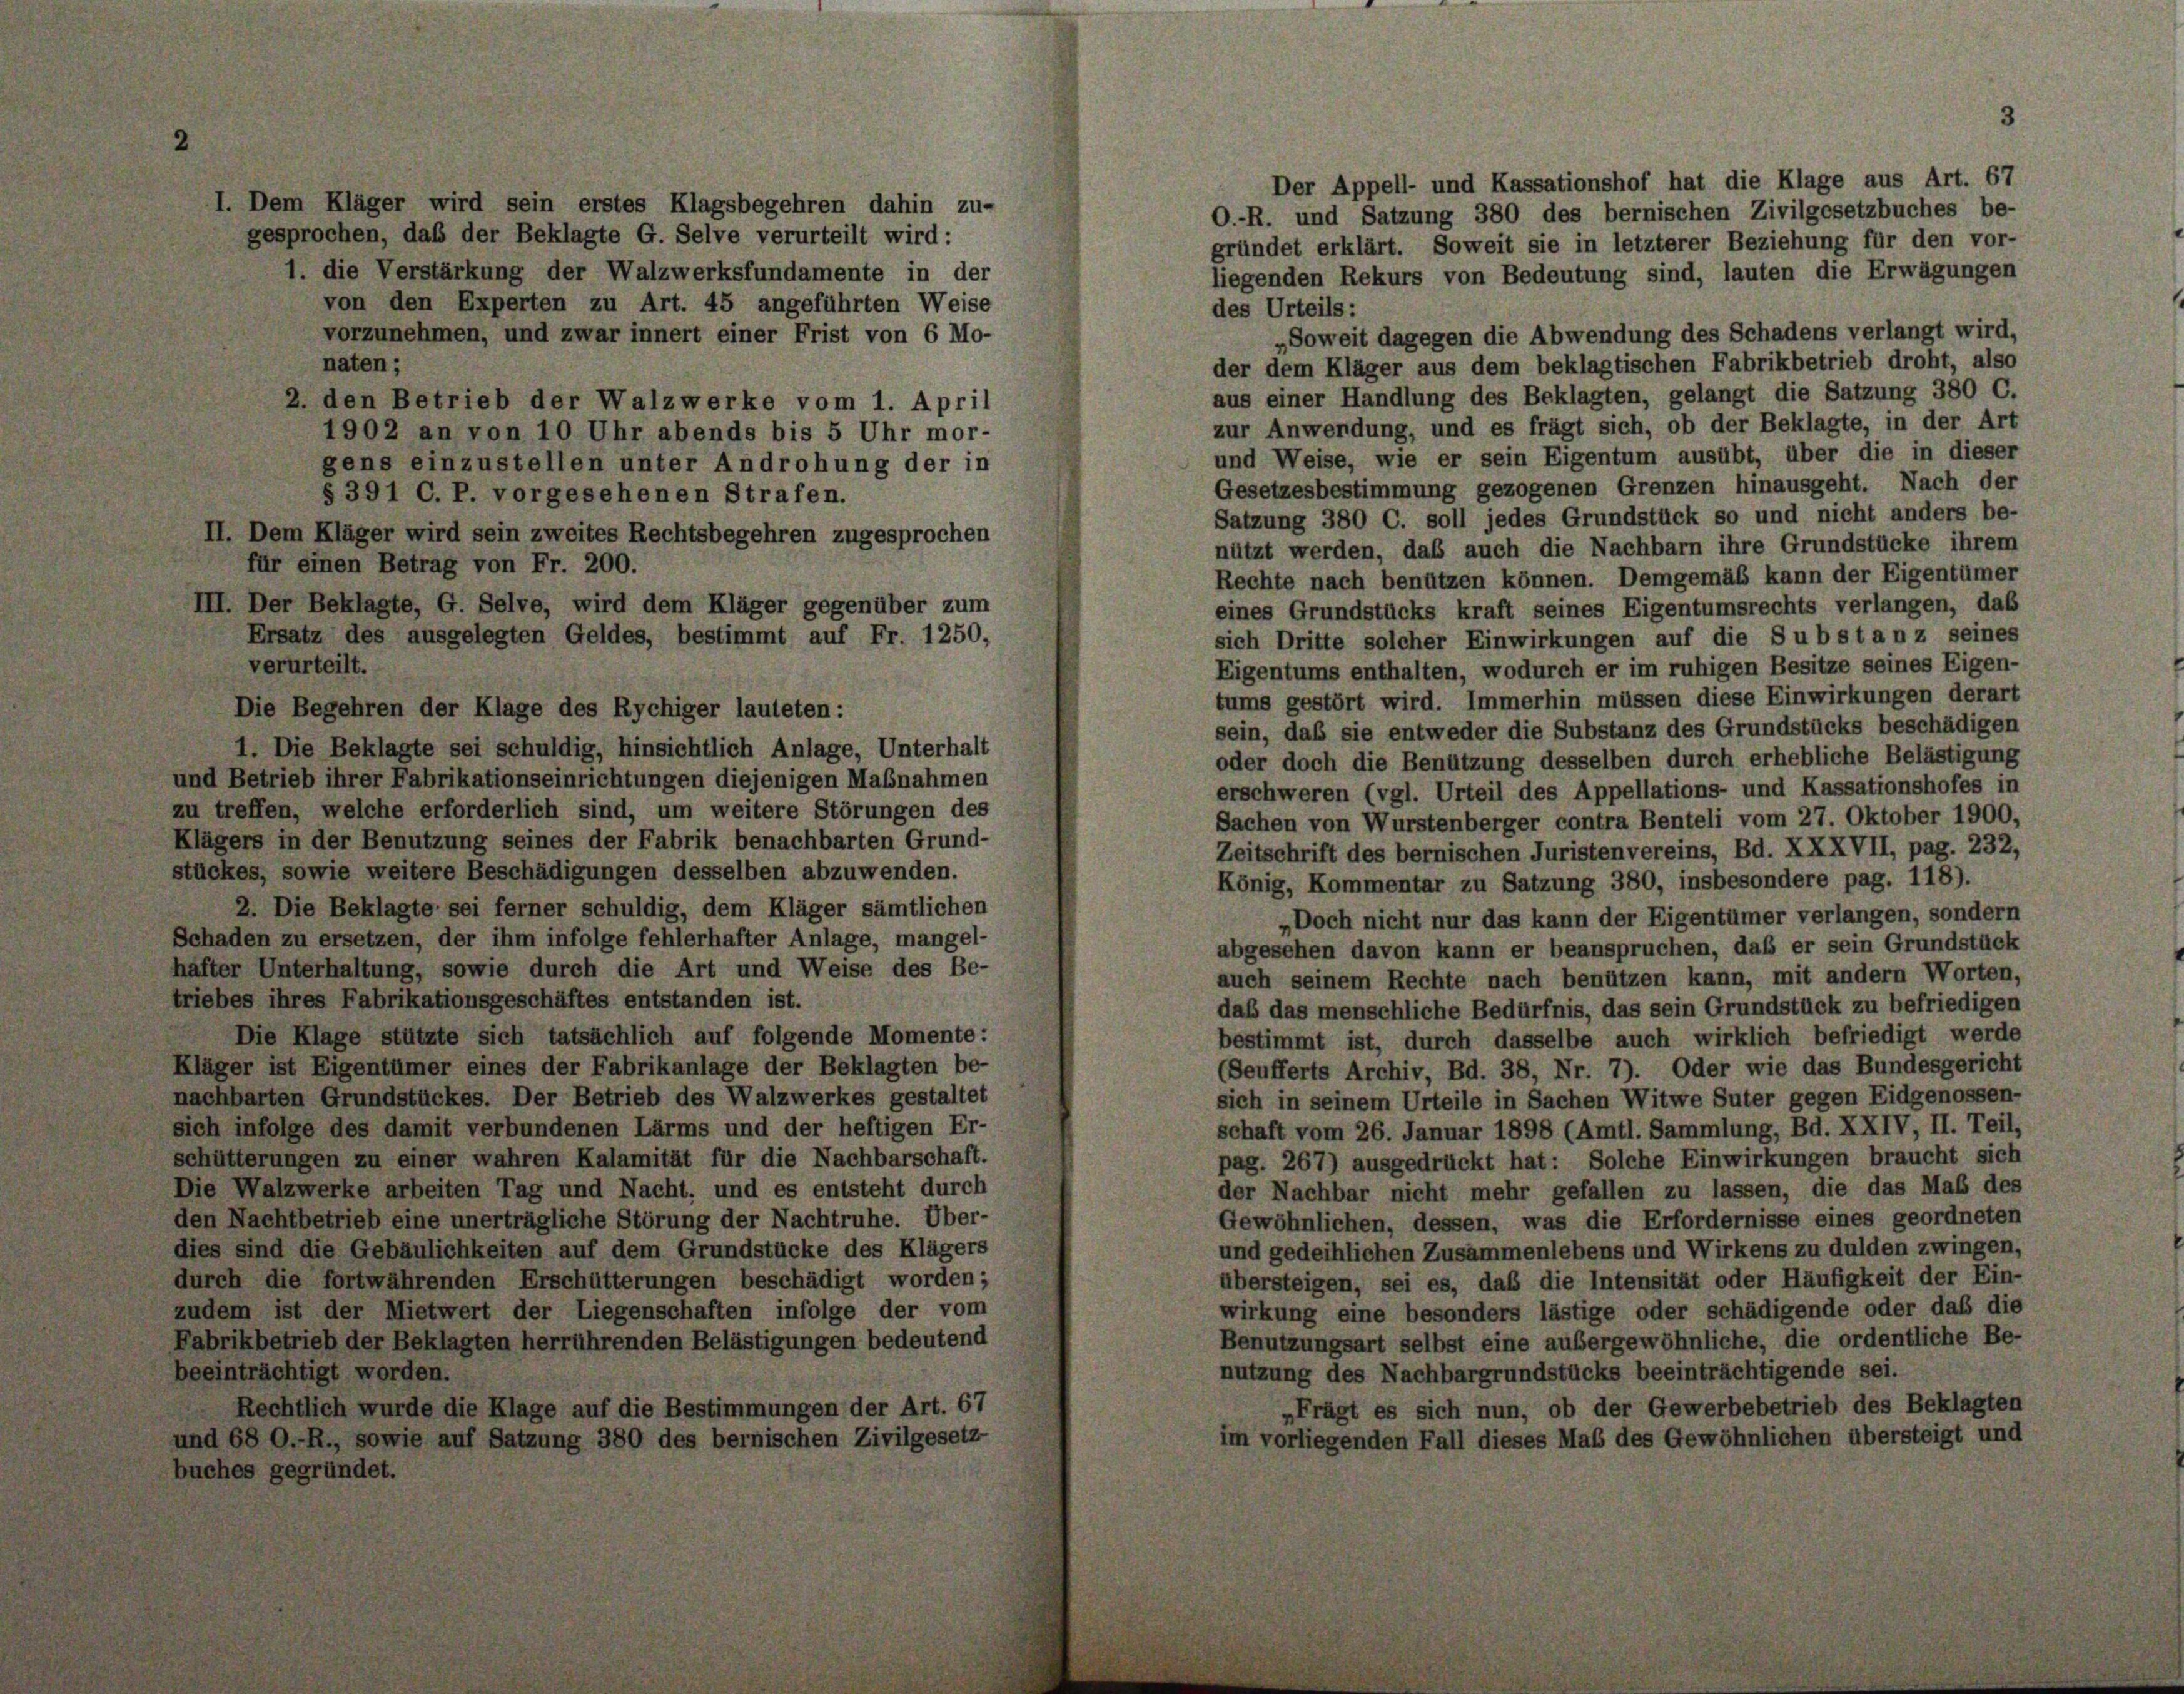
Der Appell- und Kassationshof hat die Klage aus Art. 67
I. Dem Kläger wird sein erstes Klagsbegehren dahin zu-
O.-R. und Satzung 380 des bernischen Zivilgesetzbuches be-
gesprochen, daß der Beklagte G. Selve verurteilt wird:
gründet erklärt. Soweit sie in letzterer Beziehung für den vor-
1. die Verstärkung der Walzwerksfundamente in der
liegenden Rekurs von Bedeutung sind, lauten die Erwägungen
von den Experten zu Art. 45 angeführten Weise
des Urteils:
vorzunehmen, und zwar innert einer Frist von 6 Mo-
„Soweit dagegen die Abwendung des Schadens verlangt wird,
naten;
der dem Kläger aus dem beklagtischen Fabrikbetrieb droht, also
aus einer Handlung des Beklagten, gelangt die Satzung 380 C.
2. den Betrieb der Walzwerke vom 1. April
zur Anwendung, und es frägt sich, ob der Beklagte, in der Art
1902 an von 10 Uhr abends bis 5 Uhr mor-
und Weise, wie er sein Eigentum ausübt, über die in dieser
gens einzustellen unter Androhung der in
Gesetzesbestimmung gezogenen Grenzen hinausgeht. Nach der
§ 391 C. P. vorgesehenen Strafen.
Satzung 380 C. soll jedes Grundstück so und nicht anders be-
II. Dem Kläger wird sein zweites Rechtsbegehren zugesprochen
nützt werden, daß auch die Nachbarn ihre Grundstücke ihrem
für einen Betrag von Fr. 200.
Rechte nach benützen können. Demgemäß kann der Eigentümer
III. Der Beklagte, G. Selve, wird dem Kläger gegenüber zum
eines Grundstücks kraft seines Eigentumsrechts verlangen, das
Ersatz des ausgelegten Geldes, bestimmt auf Fr. 1250,
sich Dritte solcher Einwirkungen auf die Substanz seines
verurteilt.
Eigentums enthalten, wodurch er im ruhigen Besitze seines Eigen-
tums gestört wird. Immerhin müssen diese Einwirkungen derart
Die Begehren der Klage des Rychiger lauteten:
sein, daß sie entweder die Substanz des Grundstücks beschädigen
1. Die Beklagte sei schuldig, hinsichtlich Anlage, Unterhalt
oder doch die Benützung desselben durch erhebliche Belästigung
und Betrieb ihrer Fabrikationseinrichtungen diejenigen Maßnahmen
erschweren (vgl. Urteil des Appellations- und Kassationshofes in
zu treffen, welche erforderlich sind, um weitere Störungen des
Sachen von Wurstenberger contra Benteli vom 27. Oktober 1900,
Klägers in der Benutzung seines der Fabrik benachbarten Grund-
Zeitschrift des bernischen Juristenvereins, Bd. XXXVII, pag. 232,
stückes, sowie weitere Beschädigungen desselben abzuwenden.
König, Kommentar zu Satzung 380, insbesondere pag. 118).
2. Die Beklagte sei ferner schuldig, dem Kläger sämtlichen
„Doch nicht nur das kann der Eigentümer verlangen, sondern
Schaden zu ersetzen, der ihm infolge fehlerhafter Anlage, mangel-
abgesehen davon kann er beanspruchen, daß er sein Grundstück
häfter Unterhaltung, sowie durch die Art und Weise des Be-
auch seinem Rechte nach benützen kann, mit andern Worten,
triebes ihres Fabrikationsgeschäftes entstanden ist.
das das menschliche Bedürfnis, das sein Grundstück zu befriedigen
Die Klage stützte sich tatsächlich auf folgende Momente:
bestimmt ist, durch dasselbe auch wirklich befriedigt werde
Kläger ist Eigentümer eines der Fabrikanlage der Beklagten be-
(Seufferts Archiv, Bd. 38, Nr. 7). Oder wie das Bundesgericht
nachbarten Grundstückes. Der Betrieb des Walzwerkes gestaltet
sich in seinem Urteile in Sachen Witwe Suter gegen Eidgenossen-
sich infolge des damit verbundenen Lärms und der heftigen Er-
schaft vom 26. Januar 1898 (Amtl. Sammlung, Bd. XXIV, II. Teil,
schütterungen zu einer wahren Kalamität für die Nachbarschaft.
pag. 267) ausgedrückt hat: Solche Einwirkungen braucht sich
Die Walzwerke arbeiten Tag und Nacht, und es entsteht durch
der Nachbar nicht mehr gefallen zu lassen, die das Maß des
den Nachtbetrieb eine unerträgliche Störung der Nachtruhe. Über-
Gewöhnlichen, dessen, was die Erfordernisse eines geordneten
dies sind die Gebäulichkeiten auf dem Grundstücke des Klägers
und gedeihlichen Zusammenlebens und Wirkens zu dulden zwingen,
durch die fortwährenden Erschütterungen beschädigt worden;
übersteigen, sei es, daß die Intensität oder Häufigkeit der Ein-
zudem ist der Mietwert der Liegenschaften infolge der vom
wirkung eine besonders lästige oder schädigende oder das die
Fabrikbetrieb der Beklagten herrührenden Belästigungen bedeutend
Benutzungsart selbst eine außergewöhnliche, die ordentliche Be-
beeinträchtigt worden.
nutzung des Nachbargrundstücks beeinträchtigende sei.
„Frägt es sich nun, ob der Gewerbebetrieb des Beklagten
Rechtlich wurde die Klage auf die Bestimmungen der Art. 67
und 68 O.-R., sowie auf Satzung 380 des bernischen Zivilgesetz
im vorliegenden Fall dieses Maß des Gewöhnlichen übersteigt und
buches gegründet.

3